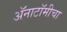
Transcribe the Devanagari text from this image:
अॅनाटॉमीचा